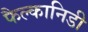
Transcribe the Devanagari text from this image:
फैल्कानिडी